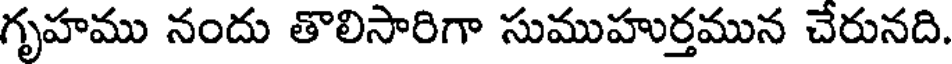
గృహము నందు తొలిసారిగా సుముహుర్తమున చేరునది.